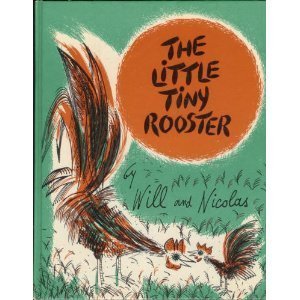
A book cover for The Little Tiny Rooster; William Lipkind; Sports & Outdoors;